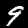
Digit: 9